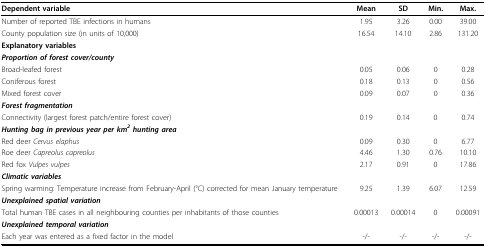
<table><thead><tr><td><b>Dependent variable</b></td><td><b>Mean</b></td><td><b>SD</b></td><td><b>Min.</b></td><td><b>Max.</b></td></tr></thead><tbody><tr><td>Number of reported TBE infections in humans</td><td>1.95</td><td>3.26</td><td>0.00</td><td>39.00</td></tr><tr><td>County population size (in units of 10,000)</td><td>16.54</td><td>14.10</td><td>2.86</td><td>131.20</td></tr><tr><td><b>Explanatory variables</b></td><td></td><td></td><td></td><td></td></tr><tr><td><b><i>Proportion of forest cover/county</i></b></td><td></td><td></td><td></td><td></td></tr><tr><td>Broad-leafed forest</td><td>0.05</td><td>0.06</td><td>0</td><td>0.28</td></tr><tr><td>Coniferous forest</td><td>0.18</td><td>0.13</td><td>0</td><td>0.56</td></tr><tr><td>Mixed forest cover</td><td>0.09</td><td>0.07</td><td>0</td><td>0.36</td></tr><tr><td><b><i>Forest fragmentation</i></b></td><td></td><td></td><td></td><td></td></tr><tr><td>Connectivity (largest forest patch/entire forest cover)</td><td>0.19</td><td>0.14</td><td>0</td><td>0.74</td></tr><tr><td><b><i>Hunting bag in previous year per km<sup>2 </sup>hunting area</i></b></td><td></td><td></td><td></td><td></td></tr><tr><td>Red deer <i>Cervus elaphus</i></td><td>0.09</td><td>0.30</td><td>0</td><td>6.77</td></tr><tr><td>Roe deer <i>Capreolus capreolus</i></td><td>4.46</td><td>1.30</td><td>0.76</td><td>10.10</td></tr><tr><td>Red fox <i>Vulpes vulpes</i></td><td>2.17</td><td>0.91</td><td>0</td><td>17.86</td></tr><tr><td><b><i>Climatic variables</i></b></td><td></td><td></td><td></td><td></td></tr><tr><td>Spring warming: Temperature increase from February-April (°C) corrected for mean January temperature</td><td>9.25</td><td>1.39</td><td>6.07</td><td>12.59</td></tr><tr><td><b><i>Unexplained spatial variation</i></b></td><td></td><td></td><td></td><td></td></tr><tr><td>Total human TBE cases in all neighbouring counties per inhabitants of those counties</td><td>0.00013</td><td>0.00014</td><td>0</td><td>0.00091</td></tr><tr><td><b><i>Unexplained temporal variation</i></b></td><td></td><td></td><td></td><td></td></tr><tr><td>Each year was entered as a fixed factor in the model</td><td>-/-</td><td>-/-</td><td>-/-</td><td>-/-</td></tr></tbody></table>